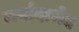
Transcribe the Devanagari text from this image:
मर्यादाभेद